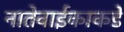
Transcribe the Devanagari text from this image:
नातेवाईकाकडे